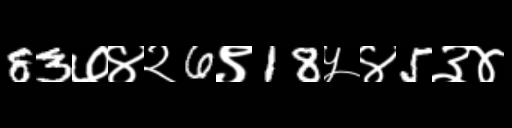
Text: 83७४२6९18५४5३४